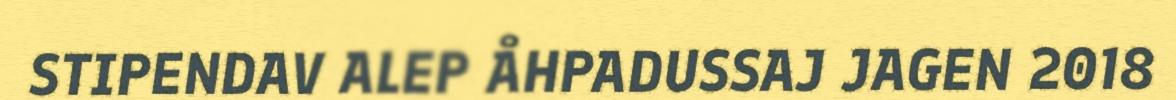
STIPENDAV ALEP ÅHPADUSSAJ JAGEN 2018